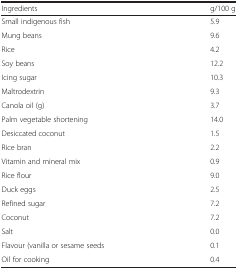
| Ingredients | g/100 g |
 | --- | --- |
 | Small indigenous fish | 5.9 |
 | Mung beans | 9.6 |
 | Rice | 4.2 |
 | Soy beans | 12.2 |
 | Icing sugar | 10.3 |
 | Maltrodextrin | 9.3 |
 | Canola oil (g) | 3.7 |
 | Palm vegetable shortening | 14.0 |
 | Desiccated coconut | 1.5 |
 | Rice bran | 2.2 |
 | Vitamin and mineral mix | 0.9 |
 | Rice flour | 9.0 |
 | Duck eggs | 2.5 |
 | Refined sugar | 7.2 |
 | Coconut | 7.2 |
 | Salt | 0.0 |
 | Flavour (vanilla or sesame seeds | 0.1 |
 | Oil for cooking | 0.4 |